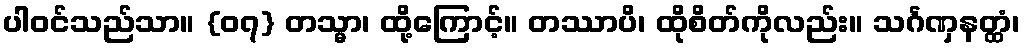
ပါဝင်သည်သာ။ {၀၇} တသ္မာ၊ ထို့ကြောင့်။ တဿာပိ၊ ထိုစိတ်ကိုလည်း။ သင်္ဂဏှနတ္ထံ၊